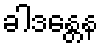
ခါဒန္တေန